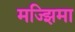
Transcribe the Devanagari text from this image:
मज्झिमा